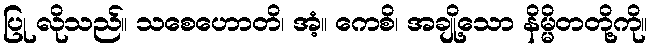
ပြု လိုသည်။ သစေဟောတိ၊ အံ့။ ကေစိ၊ အချို့သော နိမ္မိတတို့ကို။